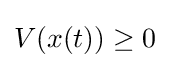
V(x(t))\geq 0